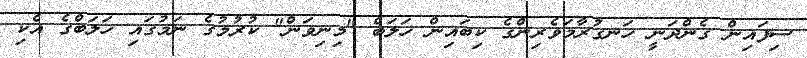
ސިފައިން ގެންދަނީ ހަނގުރާމަވެރިންގެ ކިބައިން ހަލަބް "މިނިވަން" ކުރުމުގެ ނަމުގައި ހަލަބްގެ އެކި